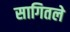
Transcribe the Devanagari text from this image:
सागितले